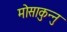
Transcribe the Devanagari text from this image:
मोसाकुन्नु